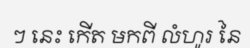
ៗ នេះ កើត មកពី លំហូរ នៃ